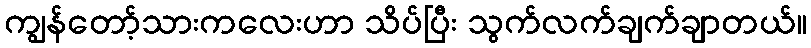
ကျွန်တော့်သားကလေးဟာ သိပ်ပြီး သွက်လက်ချက်ချာတယ်။